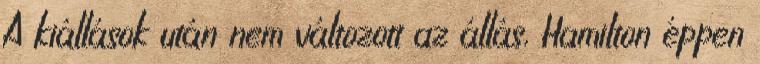
A kiállások után nem változott az állás, Hamilton éppen